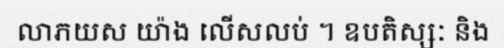
លាភយស យ៉ាង លើសលប់ ។ ឧបតិស្សៈ និង